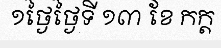
១ថ្ងៃថ្ងៃទី ១៣ ខែ កក្ត